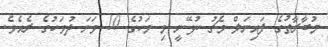
މުބާރާތުގެ ފައިނަލް މެޗު ކުޅޭނީ މި މަހުގެ 10 ވަނަ ދުވަހުގެ ރެއެވެ.